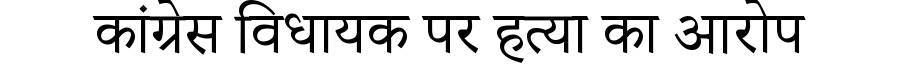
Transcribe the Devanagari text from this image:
कांग्रेस विधायक पर हत्या का आरोप